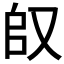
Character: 𱑴